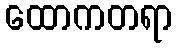
ထောကတရာ